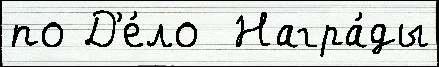
по Д'е́ло  Награ́ды